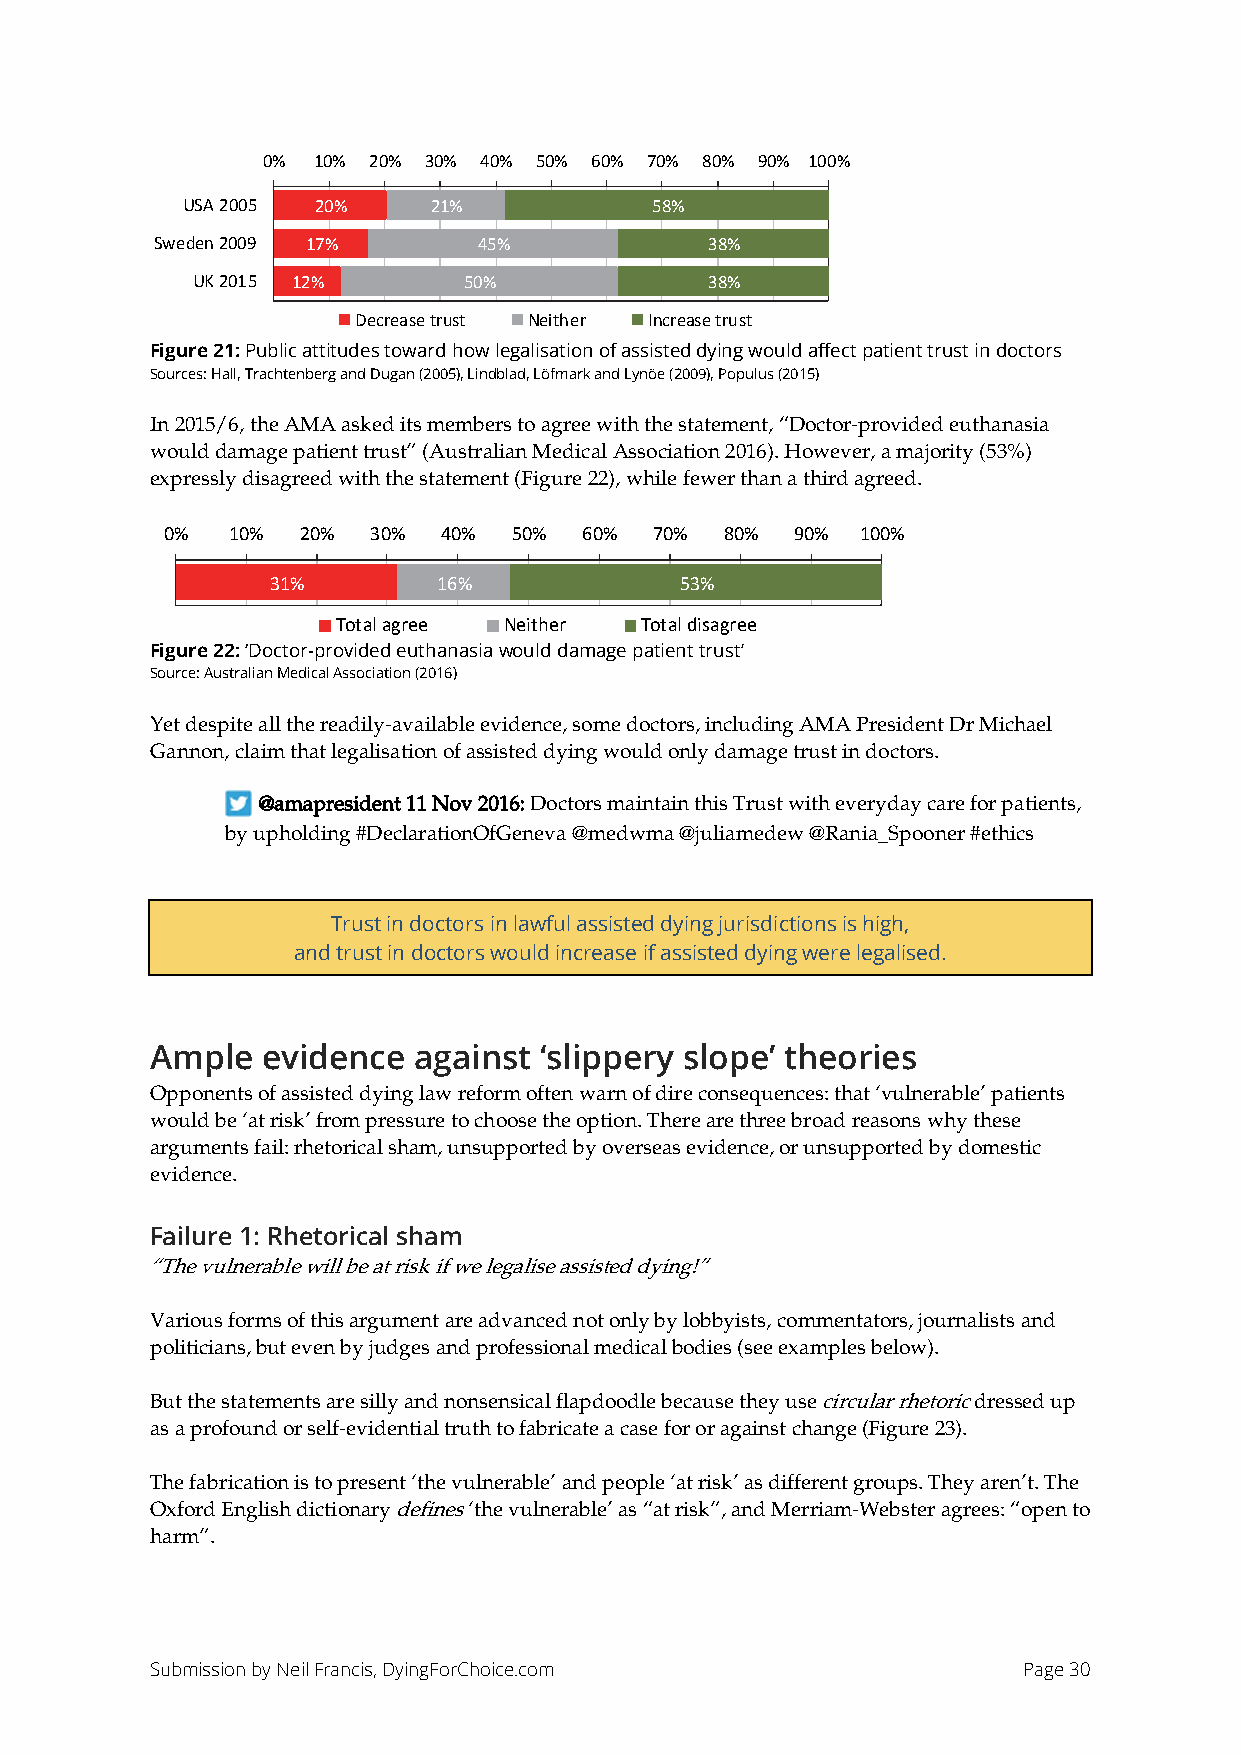
0%  10% 20% 30% 40% 50% 60% 70% 80% 90% 100%
 USA 2005 20%    21%            58%
 Sweden 2009 17%       45%            38%
 UK 2015 12%       50%             38%
 Decrease trust Neither Increase trust
 Figure 21: Public attitudes toward how legalisation of assisted dying would affect patient trust in doctors
 Sources: Hall, Trachtenberg and Dugan (2005), Lindblad, Löfmark and Lynöe (2009), Populus (2015)
 In 2015/6, the AMA asked its members to agree with the statement, “Doctor-provided euthanasia
 would damage patient trust” (Australian Medical Association 2016). However, a majority (53%)
 expressly disagreed with the statement (Figure 22), while fewer than a third agreed.
 0%  10%  20%  30% 40%  50%  60% 70%  80%  90% 100%
 31%        16%             53%
 Total agree Neither Total disagree
 Figure 22: ‘Doctor-provided euthanasia would damage patient trust’
 Source: Australian Medical Association (2016)
 Yet despite all the readily-available evidence, some doctors, including AMA President Dr Michael
 Gannon, claim that legalisation of assisted dying would only damage trust in doctors.
 @amapresident 11 Nov 2016: Doctors maintain this Trust with everyday care for patients,
 by upholding #DeclarationOfGeneva @medwma @juliamedew @Rania_Spooner #ethics
 Trust in doctors in lawful assisted dying jurisdictions is high,
 and trust in doctors would increase if assisted dying were legalised.
 Ample  evidence  against  ‘slippery slope’ theories
 Opponents of assisted dying law reform often warn of dire consequences: that ‘vulnerable’ patients
 would be ‘at risk’ from pressure to choose the option. There are three broad reasons why these
 arguments fail: rhetorical sham, unsupported by overseas evidence, or unsupported by domestic
 evidence.
 Failure 1: Rhetorical sham
 “The vulnerable will be at risk if we legalise assisted dying!”
 Various forms of this argument are advanced not only by lobbyists, commentators, journalists and
 politicians, but even by judges and professional medical bodies (see examples below).
 But the statements are silly and nonsensical flapdoodle because they use circular rhetoric dressed up
 as a profound or self-evidential truth to fabricate a case for or against change (Figure 23).
 The fabrication is to present ‘the vulnerable’ and people ‘at risk’ as different groups. They aren’t. The
 Oxford English dictionary defines ‘the vulnerable’ as “at risk”, and Merriam-Webster agrees: “open to
 harm”.
 Submission by Neil Francis, DyingForChoice.com            Page 30